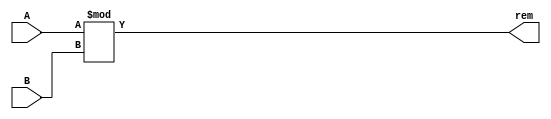
`timescale 1ns / 1ps

// REMAINDER
module MOD #(parameter DATAWIDTH = 4)(A, B, rem);
	input      [DATAWIDTH-1:0] A, B;
	output reg [DATAWIDTH-1:0] rem;
			
	always @(A,B) begin
		rem <= A%B;	 
	end
endmodule